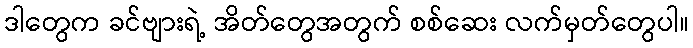
ဒါတွေက ခင်ဗျားရဲ့ အိတ်တွေအတွက် စစ်ဆေး လက်မှတ်တွေပါ။